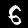
Digit: 6